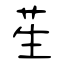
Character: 苼